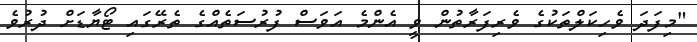
"މިފަދަ ވެހިކަލްތަކުގެ ވެރިފަރާތުން ވީ އެންމެ އަވަސް ފުރުސަތެއްގެ ތެރޭގައި ޓޯޔާޑަށް ދުރުވެ